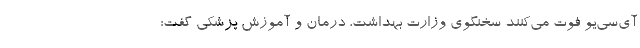
آی‌سی‌یو فوت می‌کنند سخنگوی وزارت بهداشت، درمان و آموزش پزشکی گفت: